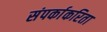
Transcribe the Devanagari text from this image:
संपर्काकरिता